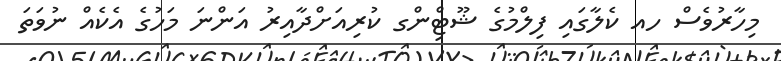
މިހާރުވެސް ހއ ކެލާގައި ފިލްމުގެ ޝޫޓިްންގ ކުރިއަށްދާއިރު އަންނަ މަހުގެ އެކެއް ނުވަތަ